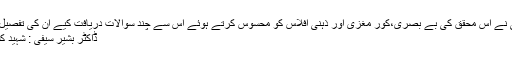
ڈاکٹر بشیر سیفی نے اس محقق کی بے بصری،کور مغزی اور ذہنی افلاس کو محسوس کرتے ہوئے اس سے چند سوالات دریافت کیے ان کی تفصیل حسب ذیل ہے :
ڈاکٹر بشیر سیفی : شہید کسے کہتے ہیں ؟